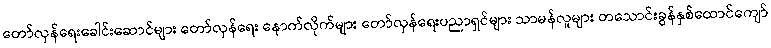
တော်လှန်ရေးခေါင်းဆောင်များ တော်လှန်ရေး နောက်လိုက်များ တော်လှန်ရေးပညာရှင်များ သာမန်လူများ တသောင်းခွန်နှစ်ထောင်ကျော်